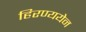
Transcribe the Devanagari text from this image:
हिरण्ययेन